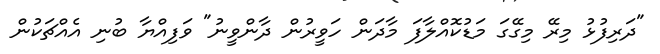
"ދަރިފުޅު މިރޭ މިގޭގަ މަޑުކޮއްލާފަ މާދަން ހަވީރުން ދާންވީނު" ވަފިއްޔާ ބުނި އެއްޗަކުން